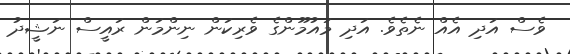
ވެސް އަދި އެއް ނެތެވެ. އަދި މައުމޫންގެ ވެރިކަން ނިންމަން ރައީސް ނަޝީދު